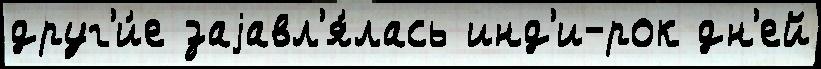
друг'и́е заjавл'я́лась инд'и-рок дн'ей